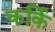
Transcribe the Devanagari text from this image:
कर्कि